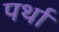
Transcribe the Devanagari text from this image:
पर्था